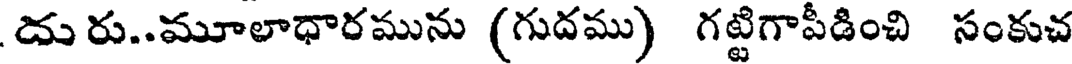
దు రు..మూలాధారమును (గుదము) గట్టిగాపీడించి సంకుచ